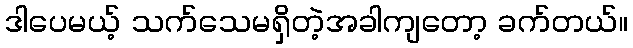
ဒါပေမယ့် သက်သေမရှိတဲ့အခါကျတော့ ခက်တယ်။